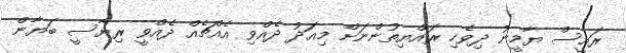
ރައީސް ޔާމީނު ދިވެހި ރައްޔިތުންނަށް މިއަދު ދެއްވި އެއްޗެއް ދެއްވީ ރިޔާސީ ބަޔާން